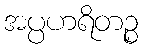
အပ္ပဟရိတဉ္စ